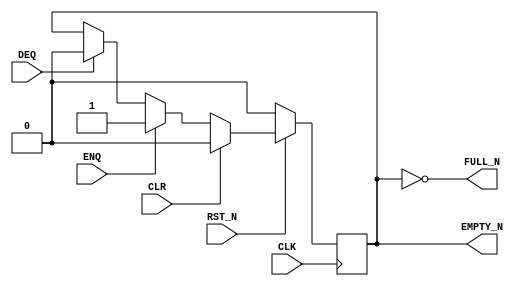

// Copyright (c) 2000-2009 Bluespec, Inc.

// Permission is hereby granted, free of charge, to any person obtaining a copy
// of this software and associated documentation files (the "Software"), to deal
// in the Software without restriction, including without limitation the rights
// to use, copy, modify, merge, publish, distribute, sublicense, and/or sell
// copies of the Software, and to permit persons to whom the Software is
// furnished to do so, subject to the following conditions:

// The above copyright notice and this permission notice shall be included in
// all copies or substantial portions of the Software.

// THE SOFTWARE IS PROVIDED "AS IS", WITHOUT WARRANTY OF ANY KIND, EXPRESS OR
// IMPLIED, INCLUDING BUT NOT LIMITED TO THE WARRANTIES OF MERCHANTABILITY,
// FITNESS FOR A PARTICULAR PURPOSE AND NONINFRINGEMENT. IN NO EVENT SHALL THE
// AUTHORS OR COPYRIGHT HOLDERS BE LIABLE FOR ANY CLAIM, DAMAGES OR OTHER
// LIABILITY, WHETHER IN AN ACTION OF CONTRACT, TORT OR OTHERWISE, ARISING FROM,
// OUT OF OR IN CONNECTION WITH THE SOFTWARE OR THE USE OR OTHER DEALINGS IN
// THE SOFTWARE.
//
// $Revision: 24080 $
// $Date: 2011-05-18 19:32:52 +0000 (Wed, 18 May 2011) $

`ifdef BSV_ASSIGNMENT_DELAY
`else
`define BSV_ASSIGNMENT_DELAY
`endif


// Depth 1 FIFO data size 0!
module FIFO10(CLK, 
              RST_N, 
              ENQ, 
              FULL_N, 
              DEQ, 
              EMPTY_N, 
              CLR
              );

   parameter guarded = 1;

   input                  CLK;
   input                  RST_N;
   input                  ENQ;
   input                  DEQ;
   input                  CLR ;

   output                 FULL_N;
   output                 EMPTY_N;

   reg                    empty_reg ;

   assign                 EMPTY_N = empty_reg ;
   
`ifdef BSV_NO_INITIAL_BLOCKS
`else // not BSV_NO_INITIAL_BLOCKS
   // synopsys translate_off
   initial 
     begin
        empty_reg = 1'b0;
     end // initial begin
   // synopsys translate_on
`endif // BSV_NO_INITIAL_BLOCKS

   
   assign FULL_N = !empty_reg;

   always@(posedge CLK /* or negedge RST_N */)
     begin
        if (!RST_N)
          begin
             empty_reg <= `BSV_ASSIGNMENT_DELAY 1'b0;
          end // if (RST_N == 0)        
        else
           begin
              if (CLR)
                begin
                   empty_reg <= `BSV_ASSIGNMENT_DELAY 1'b0;
                end
              else if (ENQ)
                begin
                   empty_reg <= `BSV_ASSIGNMENT_DELAY 1'b1;
                end
              else if (DEQ)
                begin
                   empty_reg <= `BSV_ASSIGNMENT_DELAY 1'b0;
                end // if (DEQ)
           end // else: !if(RST_N == 0)
     end // always@ (posedge CLK or negedge RST_N)
   
   // synopsys translate_off
   always@(posedge CLK)
     begin: error_checks
        reg deqerror, enqerror ;
        
        deqerror =  0;
        enqerror = 0;
        if ( RST_N )
           begin
              if ( ! empty_reg && DEQ )
                begin
                   deqerror = 1 ;             
                   $display( "Warning: FIFO10: %m -- Dequeuing from empty fifo" ) ;
                end
              if ( ! FULL_N && ENQ && (!DEQ || guarded) )
                begin
                   enqerror =  1 ;             
                   $display( "Warning: FIFO10: %m -- Enqueuing to a full fifo" ) ;
                end
           end // if ( RST_N )
     end
   // synopsys translate_on

endmodule